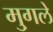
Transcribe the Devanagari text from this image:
मु्गले